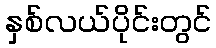
နှစ်လယ်ပိုင်းတွင်